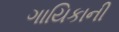
ગાયિકાની